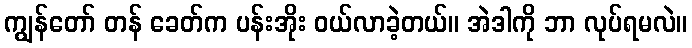
ကျွန်တော် တန် ခေတ်က ပန်းအိုး ဝယ်လာခဲ့တယ်။ အဲဒါကို ဘာ လုပ်ရမလဲ။